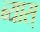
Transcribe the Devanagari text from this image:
ब्यास्